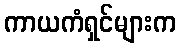
ကာယကံရှင်များက